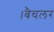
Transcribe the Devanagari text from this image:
।बैचलर